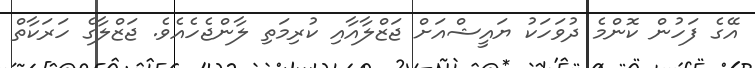
އޭގެ ފަހުން ކޮންމެ ދުވަހަކު ޔައީޝްއަށް ޖަޒްލާއާއި ކުރިމަތި ލާންޖެހެއެވެ. ޖަޒްލާގެ ހަރަކާތް